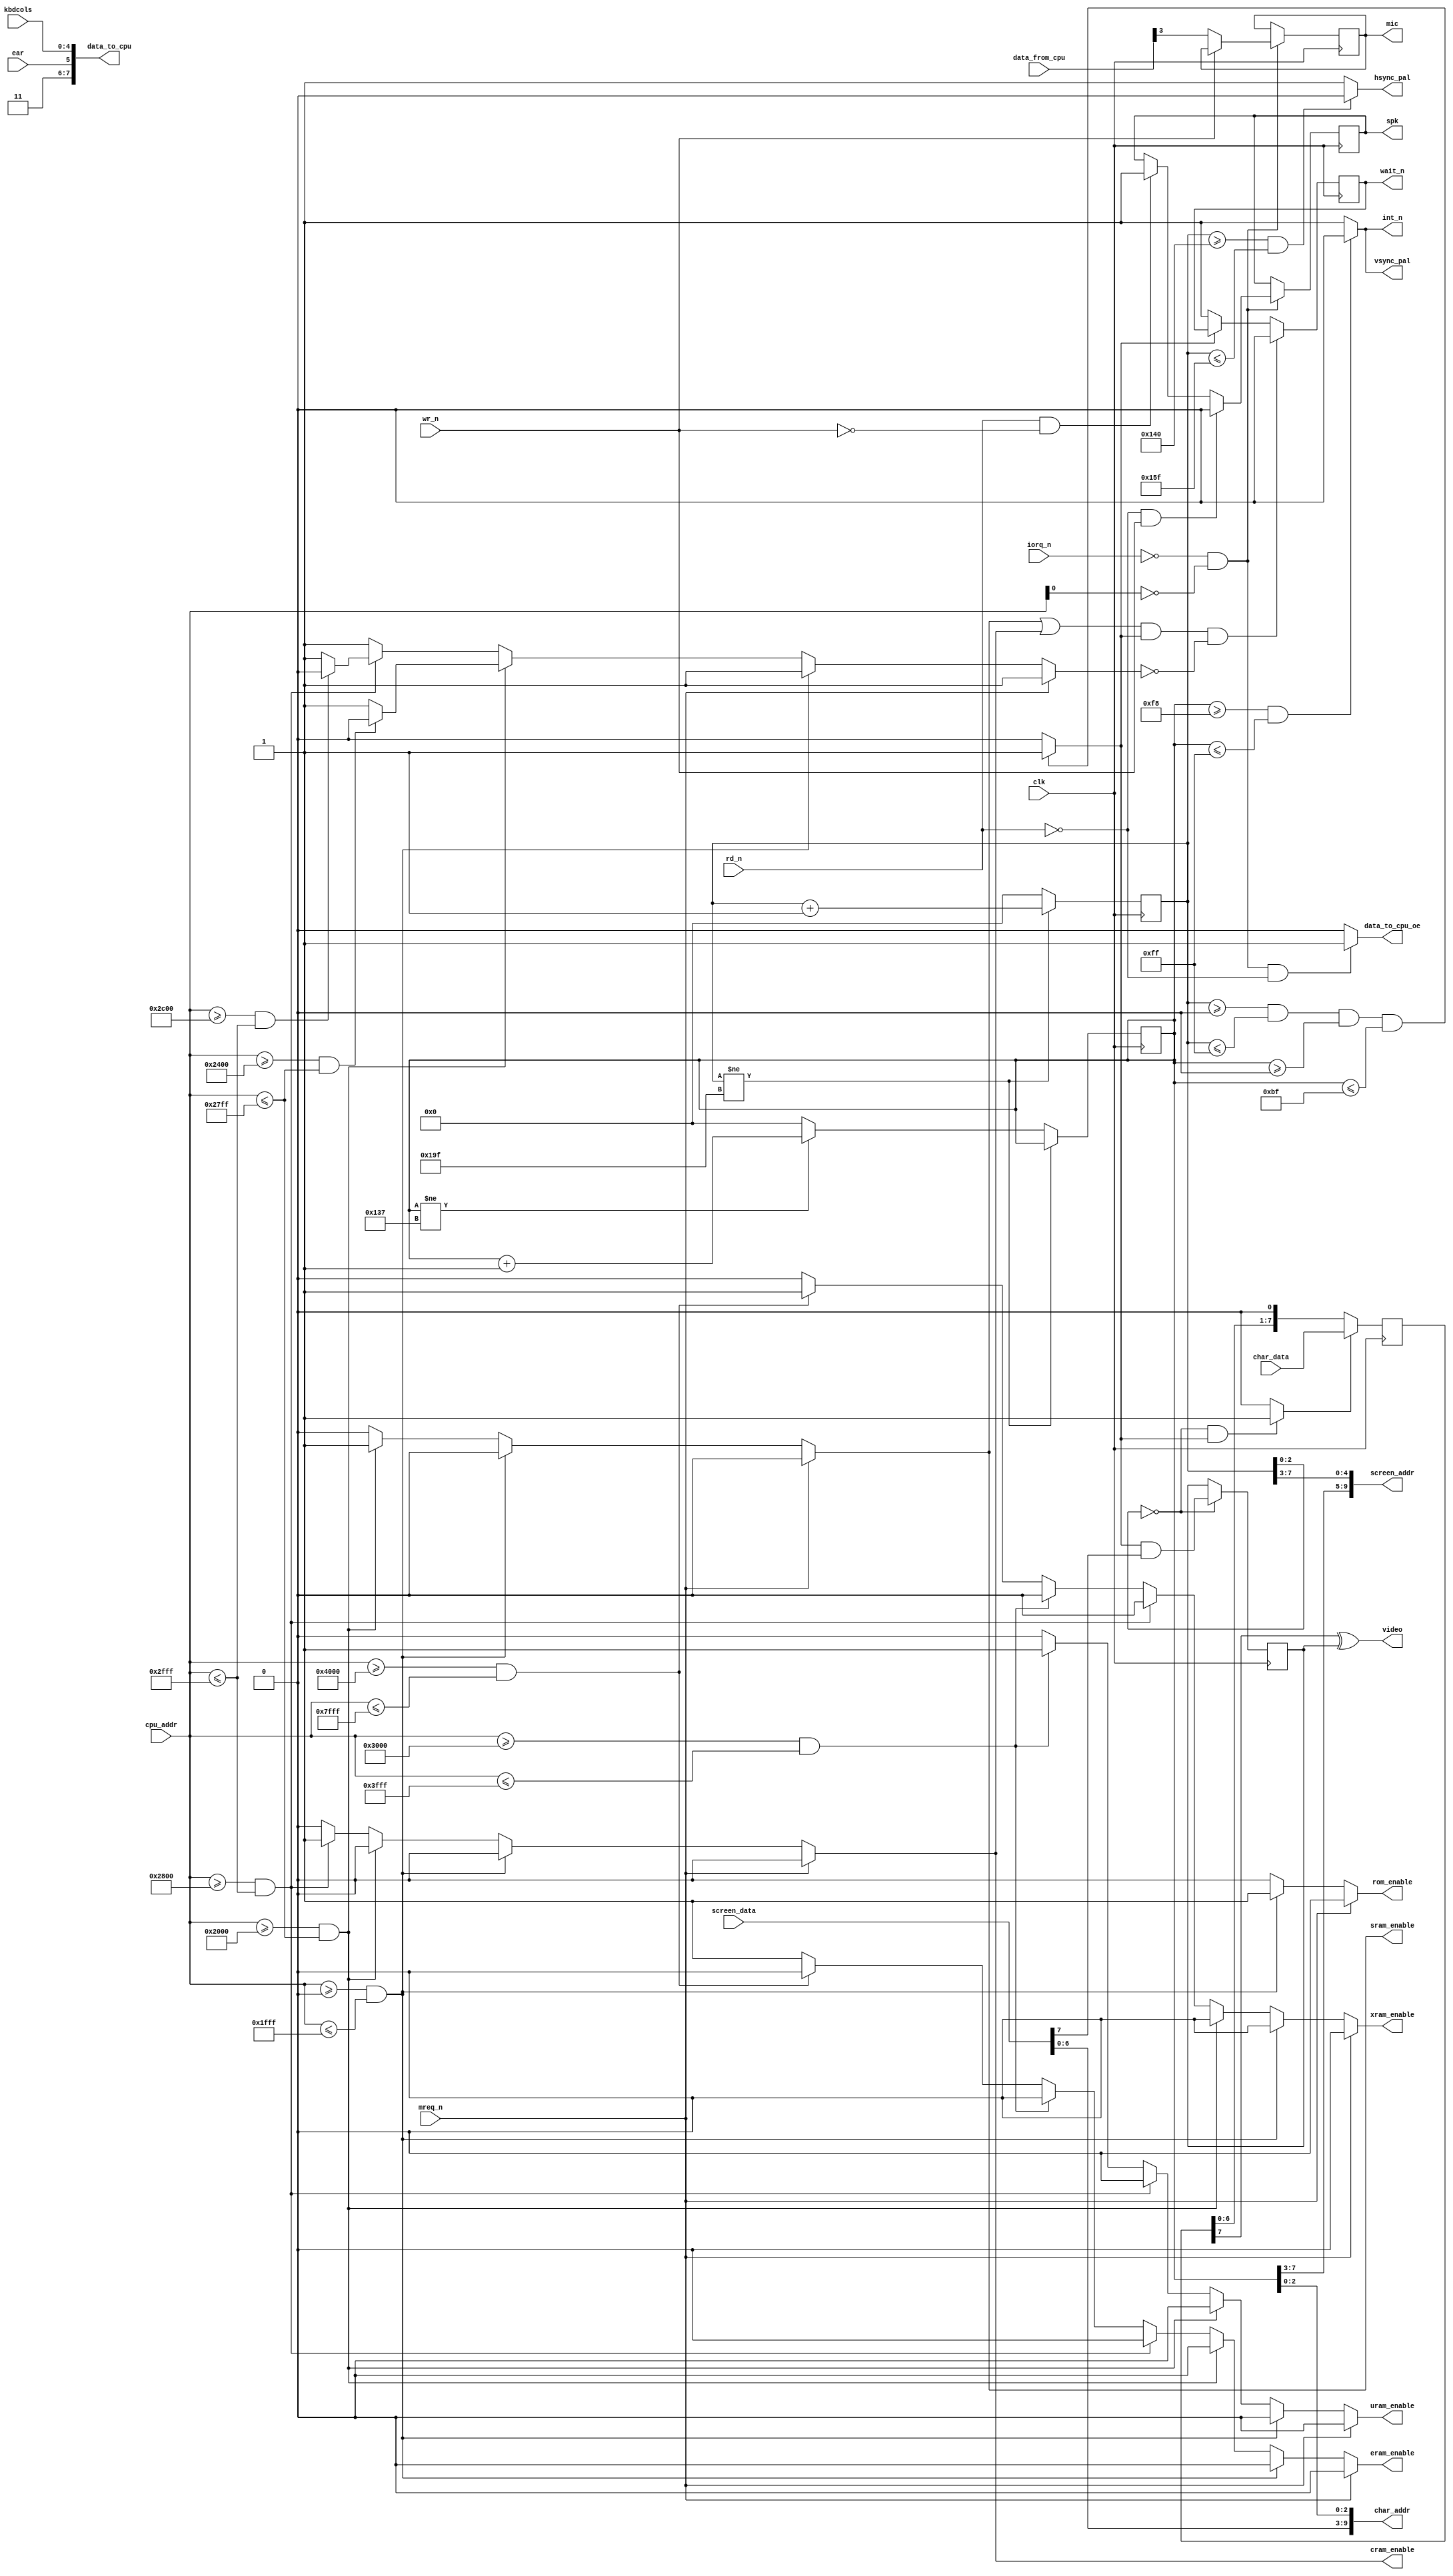
module jace_logic (
    input wire clk,
    // CPU interface
    input wire [15:0] cpu_addr,
    input wire mreq_n,
    input wire iorq_n,
    input wire rd_n,
    input wire wr_n,
    input wire [7:0] data_from_cpu,
    output reg [7:0] data_to_cpu,
    output reg data_to_cpu_oe,
    output reg wait_n,
    output wire int_n,
    // CPU-RAM interface
    output reg rom_enable,
    output reg sram_enable,
    output reg cram_enable,
    output reg uram_enable,
    output reg xram_enable,
    output reg eram_enable,
    // Screen RAM and Char RAM interface
    output wire [9:0] screen_addr,
    input wire [7:0] screen_data,
    output wire [9:0] char_addr,
    input wire [7:0] char_data,
    // Devices
    input wire [4:0] kbdcols,
    input wire ear,
    output reg spk,
    output reg mic,
    output wire video,
    output wire hsync_pal,
	 output wire vsync_pal
    );
    
    initial begin
        wait_n = 1'b1;
        spk = 1'b0;
        mic = 1'b0;
    end
    
    reg [8:0] cntpix = 9'd0;
    reg [8:0] cntscn = 9'd0;
    wire [17:0] cnt = {cntscn, cntpix};
	 
    always @(posedge clk) begin
        if (cntpix != 9'd415)
            cntpix <= cntpix + 9'd1;
        else begin
            cntpix <= 9'd0;
            if (cntscn != 9'd311)
                cntscn <= cntscn + 9'd1;
            else
                cntscn <= 9'd0;
        end
    end
    
    reg vsync; // FIELD signal in schematic
    always @* begin
        if (cntscn >= 9'd248 && cntscn <= 9'd255)
            vsync = 1'b0;
        else
            vsync = 1'b1;
    end
    assign int_n = vsync;
    
    reg hsync; // LINE signal in schematic
    always @* begin
        if (cntpix >= 9'd320 && cntpix <= 9'd351)
            hsync = 1'b0;
        else
            hsync = 1'b1;
    end
    
    //assign csync = hsync & vsync;
	 assign hsync_pal = hsync;
	 assign vsync_pal = vsync;
    
    reg viden; // VIDEN signal in schematic
    always @* begin
        if (cntpix >= 9'd0 && cntpix <= 9'd255 && 
            cntscn >= 9'd0 && cntscn <= 9'd191)
            viden = 1'b1;
        else
            viden = 1'b0;
    end
    
    // SHIFT/LOAD signal to 74LS166
    reg shiftload;
    always @* begin
        if (cnt[2:0] == 3'b000 && viden == 1'b1)
            shiftload = 1'b1;
        else
            shiftload = 1'b0;
    end
    
    assign screen_addr = {cnt[16:12], cnt[7:3]};
    assign char_addr = {screen_data[6:0], cnt[11:9]};
        
    // 74LS166
    reg [7:0] shiftreg = 8'h00;
    always @(posedge clk) begin
        if (shiftload == 1'b1)
            shiftreg <= char_data;
        else
            shiftreg <= {shiftreg[6:0], 1'b0};
    end
    
    // Pixel inverter reg and video output stage
    reg pixinverter = 1'b0;
    always @(posedge clk) begin
        if (cnt[2:0] == 3'b000)
            pixinverter <= viden & screen_data[7];
    end
    
    assign video = shiftreg[7] ^ pixinverter;

    // Address decoder
    reg fast_access;
    always @* begin
        rom_enable = 1'b0;
        sram_enable = 1'b0;
        cram_enable = 1'b0;
        uram_enable = 1'b0;
        xram_enable = 1'b0;
        eram_enable = 1'b0;
        fast_access = 1'b1;
        if (mreq_n == 1'b0) begin
            if (cpu_addr >= 16'h0000 && cpu_addr <= 16'h1FFF)
                rom_enable = 1'b1;
            else if (cpu_addr >= 16'h2000 && cpu_addr <= 16'h27FF) begin
                sram_enable = 1'b1;
                if (cpu_addr >= 16'h2400 && cpu_addr <= 16'h27FF)
                    fast_access = 1'b0;
            end
            else if (cpu_addr >= 16'h2800 && cpu_addr <= 16'h2FFF) begin
                cram_enable = 1'b1;
                if (cpu_addr >= 16'h2C00 && cpu_addr <= 16'h2FFF)
                    fast_access = 1'b0;
            end
            else if (cpu_addr >= 16'h3000 && cpu_addr <= 16'h3FFF)
                uram_enable = 1'b1;
            else if (cpu_addr >= 16'h4000 && cpu_addr <= 16'h7FFF)
                xram_enable = 1'b1;
            else
                eram_enable = 1'b1;
        end
    end
    
    // CPU arbitration to share memory with video generator
    always @(posedge clk) begin
        if ((sram_enable == 1'b1 || cram_enable == 1'b1) && viden == 1'b1 && fast_access == 1'b0)
            wait_n <= 1'b0;
        else if (viden == 1'b0)
            wait_n <= 1'b1;
    end
    
    // IO devices
    always @* begin
        data_to_cpu_oe = 1'b0;
        data_to_cpu = {2'b11, ear, kbdcols};
        if (iorq_n == 1'b0 && cpu_addr[0] == 1'b0 && rd_n == 1'b0) begin
            data_to_cpu_oe = 1'b1;
        end
    end    
    always @(posedge clk) begin
        if (iorq_n == 1'b0 && cpu_addr[0] == 1'b0) begin
            if (rd_n == 1'b0 && wr_n == 1'b1)
                spk <= 1'b0;
            else if (rd_n == 1'b1 && wr_n == 1'b0)
                spk <= 1'b1;
            if (wr_n == 1'b0)
                mic <= data_from_cpu[3];
        end
    end
endmodule